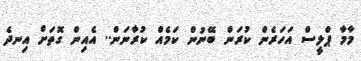
މާމާ ޕްލީސް އަހަރެން ކުރަން ބޭނުން ކަމެއް ކުރާނަން.. އެއިން ގޮތަށް އިނދެ